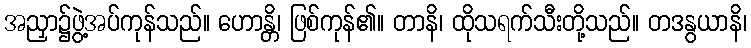
အညှာ၌ဖွဲ့အပ်ကုန်သည်။ ဟောန္တိ၊ ဖြစ်ကုန်၏။ တာနိ၊ ထိုသရက်သီးတို့သည်။ တဒနွယာနိ၊